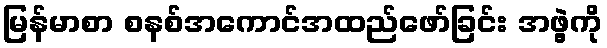
မြန်မာစာ စနစ်အကောင်အထည်ဖော်ခြင်း အဖွဲ့ကို